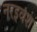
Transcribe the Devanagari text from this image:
नरइवंश